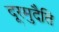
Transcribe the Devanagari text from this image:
दूरमुदैति